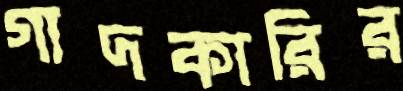
গাদকারির